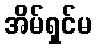
အိမ်ရှင်မ